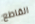
القاطع